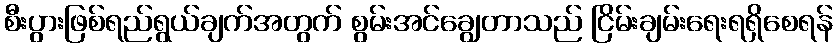
စီးပွားဖြစ်ရည်ရွယ်ချက်အတွက် စွမ်းအင်ချွေတာသည် ငြိမ်းချမ်းရေးရရှိစေရန်